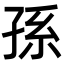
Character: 孫